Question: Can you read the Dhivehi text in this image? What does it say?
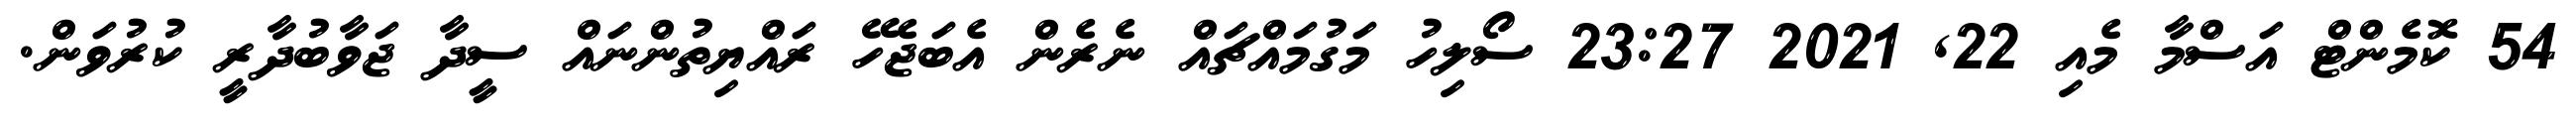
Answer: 54 ކޮމެންޓް އަސްމާ މެއި 22, 2021 23:27 ސޯލިހު މަގުމައްޗައް ނެރެން އެބަޖެހޭ ރައްޔިތުންނައް ސީދާ ޖަވާބުދާރީ ކުރުވަން.